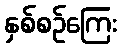
နှစ်စဉ်ကြေး